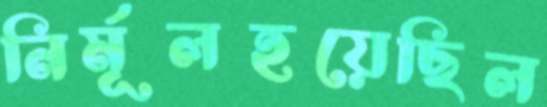
নির্মূলহয়েছিল